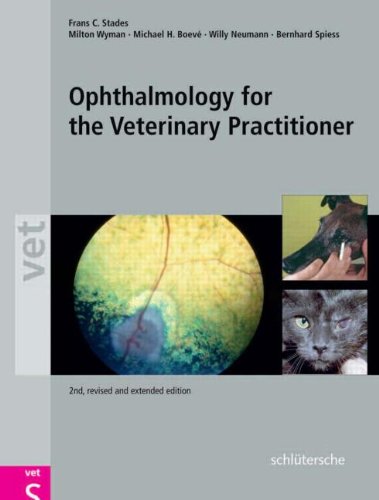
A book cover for Ophthalmology for the Veterinary Practitioner, Second, Revised and Expanded Edition; C. Stades; Medical Books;